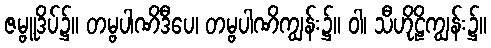
ဇမ္ဗူဒိပ်၌။ တမ္ဗပါဏိဒီပေ၊ တမ္ဗပါဏိကျွန်း၌။ ဝါ၊ သီဟိုဠိကျွန်း၌။